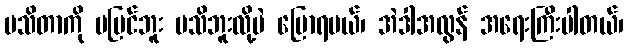
မသိတာကို မမြင်ဘူး မသိဘူးလို့ပဲ ပြောရမယ်၊ အဲဒါအလွန် အရေးကြီးပါတယ်၊